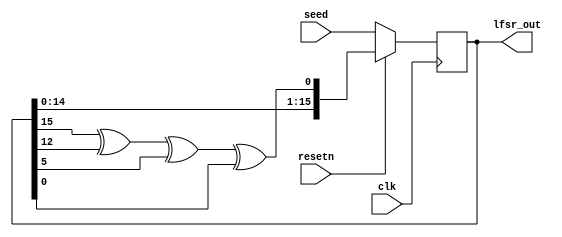
//
//
//
//
`timescale 1ns/1ps

module lfsr1 (clk, resetn, seed, lfsr_out);

        input clk, resetn;
        input [15:0] seed;
        output [15:0] lfsr_out;

        reg [15:0] lfsr_out;

        always @(posedge clk)
        begin
            if (~resetn)
                begin
                        lfsr_out <= #0.1 seed;
                end
            else
                begin
                        lfsr_out <= #0.1 {lfsr_out[14:0], lfsr_out[15]^lfsr_out[12]^lfsr_out[5]^lfsr_out[0]};
                end
        end
endmodule